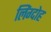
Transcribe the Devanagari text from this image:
लिंग्दोह